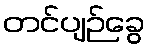
တင်ပျဉ်ခွေ